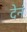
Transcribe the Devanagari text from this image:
देनं